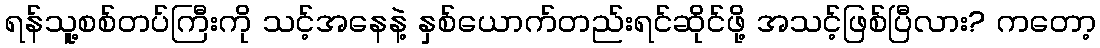
ရန်သူ့စစ်တပ်ကြီးကို သင့်အနေနဲ့ နှစ်ယောက်တည်းရင်ဆိုင်ဖို့ အသင့်ဖြစ်ပြီလား? ကတော့